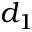
d _ { 1 }